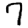
Digit: 7